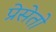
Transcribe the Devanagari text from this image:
प्रेसेतो